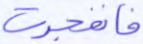
فانفجرت